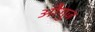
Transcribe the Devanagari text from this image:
औगुज